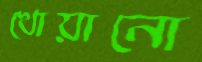
খোয়ানো